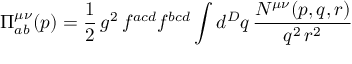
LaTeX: \Pi _ { a b } ^ { \mu \nu } ( p ) = \frac { 1 } { 2 } \, g ^ { 2 } \, f ^ { a c d } f ^ { b c d } \int d ^ { D } q \, \frac { N ^ { \mu \nu } ( p , q , r ) } { q ^ { 2 } \, r ^ { 2 } }